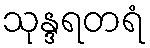
သုန္ဒရတရံ